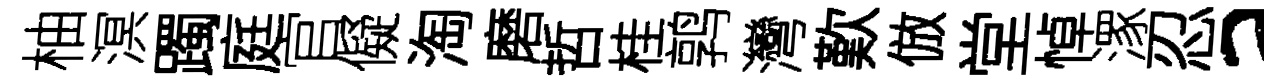
柚溟躅庭官儗淘磨哲桂鹑灣歎倣堂悼潈忍a